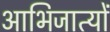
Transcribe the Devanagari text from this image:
आभिजात्यों